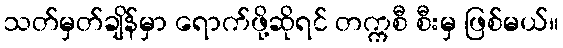
သတ်မှတ်ချိန်မှာ ရောက်ဖို့ဆိုရင် တက္ကစီ စီးမှ ဖြစ်မယ်။